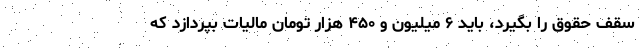
سقف حقوق را بگیرد، باید ۶ میلیون و ۴۵۰ هزار تومان مالیات بپردازد که